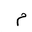
Letter: _mim